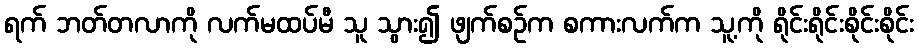
ရက် ဘတ်တလာကို လက်မထပ်မီ သူ သွား၍ ဖျက်စဉ်က စကားလက်က သူ့ကို ရိုင်းရိုင်းစိုင်းစိုင်း